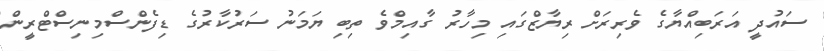
ސައުދީ އަރަބިއްޔާގެ ވެރިރަށް ރިޔާޒްގައި މިހާރު ގާއިމްވެ ތިބި ޔަމަނު ސަރުކާރުގެ ޑިފެންސްމިނިސްޓްރީން